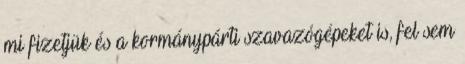
mi fizetjük és a kormánypárti szavazógépeket is, fel sem